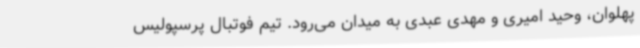
پهلوان، وحید امیری و مهدی عبدی به میدان می‌رود. تیم فوتبال پرسپولیس